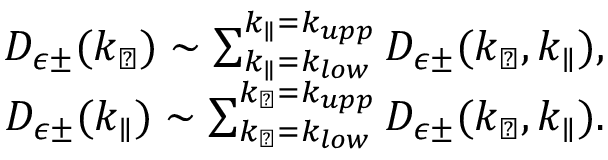
\begin{array} { r } { D _ { \epsilon \pm } ( k _ { \perp } ) \sim \sum _ { k _ { \parallel } = k _ { l o w } } ^ { k _ { \parallel } = k _ { u p p } } D _ { \epsilon \pm } ( k _ { \perp } , k _ { \parallel } ) , } \\ { D _ { \epsilon \pm } ( k _ { \parallel } ) \sim \sum _ { k _ { \perp } = k _ { l o w } } ^ { k _ { \perp } = k _ { u p p } } D _ { \epsilon \pm } ( k _ { \perp } , k _ { \parallel } ) . } \end{array}